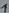
Text: 1